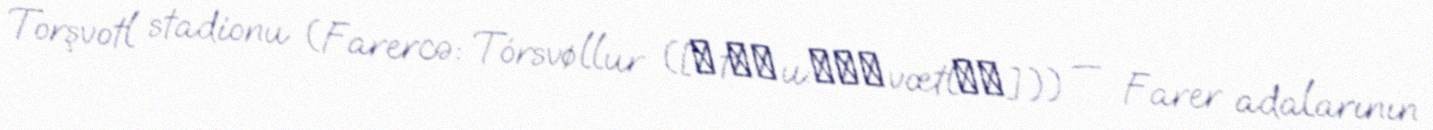
Torşvotl stadionu (Farercə: Tórsvøllur ([ˈtʰɔu:ɻʂˌvœtlʊɹ])) — Farer adalarının